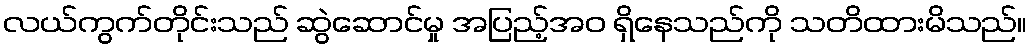
လယ်ကွက်တိုင်းသည် ဆွဲဆောင်မှု အပြည့်အဝ ရှိနေသည်ကို သတိထားမိသည်။